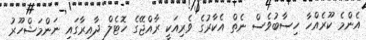
އެންމެ ކޫރެއްހާ ހިސާބުވެސް ނެތް އެކާރުގެ ވެރިއަކީ ރާއްޖޭގެ ހޮޓެލް ދާއިރާގައި ނަންމަޝްހޫރު